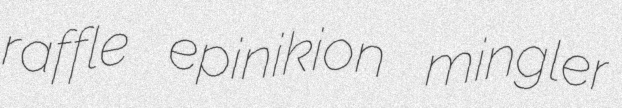
raffle epinikion mingler